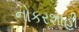
નોકરશાહી